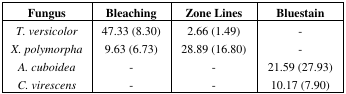
| Fungus | Bleaching | Zone Lines | Bluestain |
 | --- | --- | --- | --- |
 | T. versicolor | 47.33 (8.30) | 2.66 (1.49) | - |
 | X. polymorpha | 9.63 (6.73) | 28.89 (16.80) | - |
 | A. cuboidea | - | - | 21.59 (27.93) |
 | C. virescens | - | - | 10.17 (7.90) |